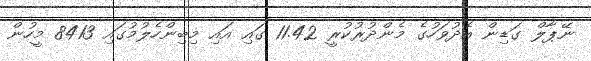
ނޭޕާލް ގަޑިން އެދުވަހުގެ މެންދުރުކުރީ 11.42 ގައި އައި މިބިންހެލުމުގައި 8413 މީހުން